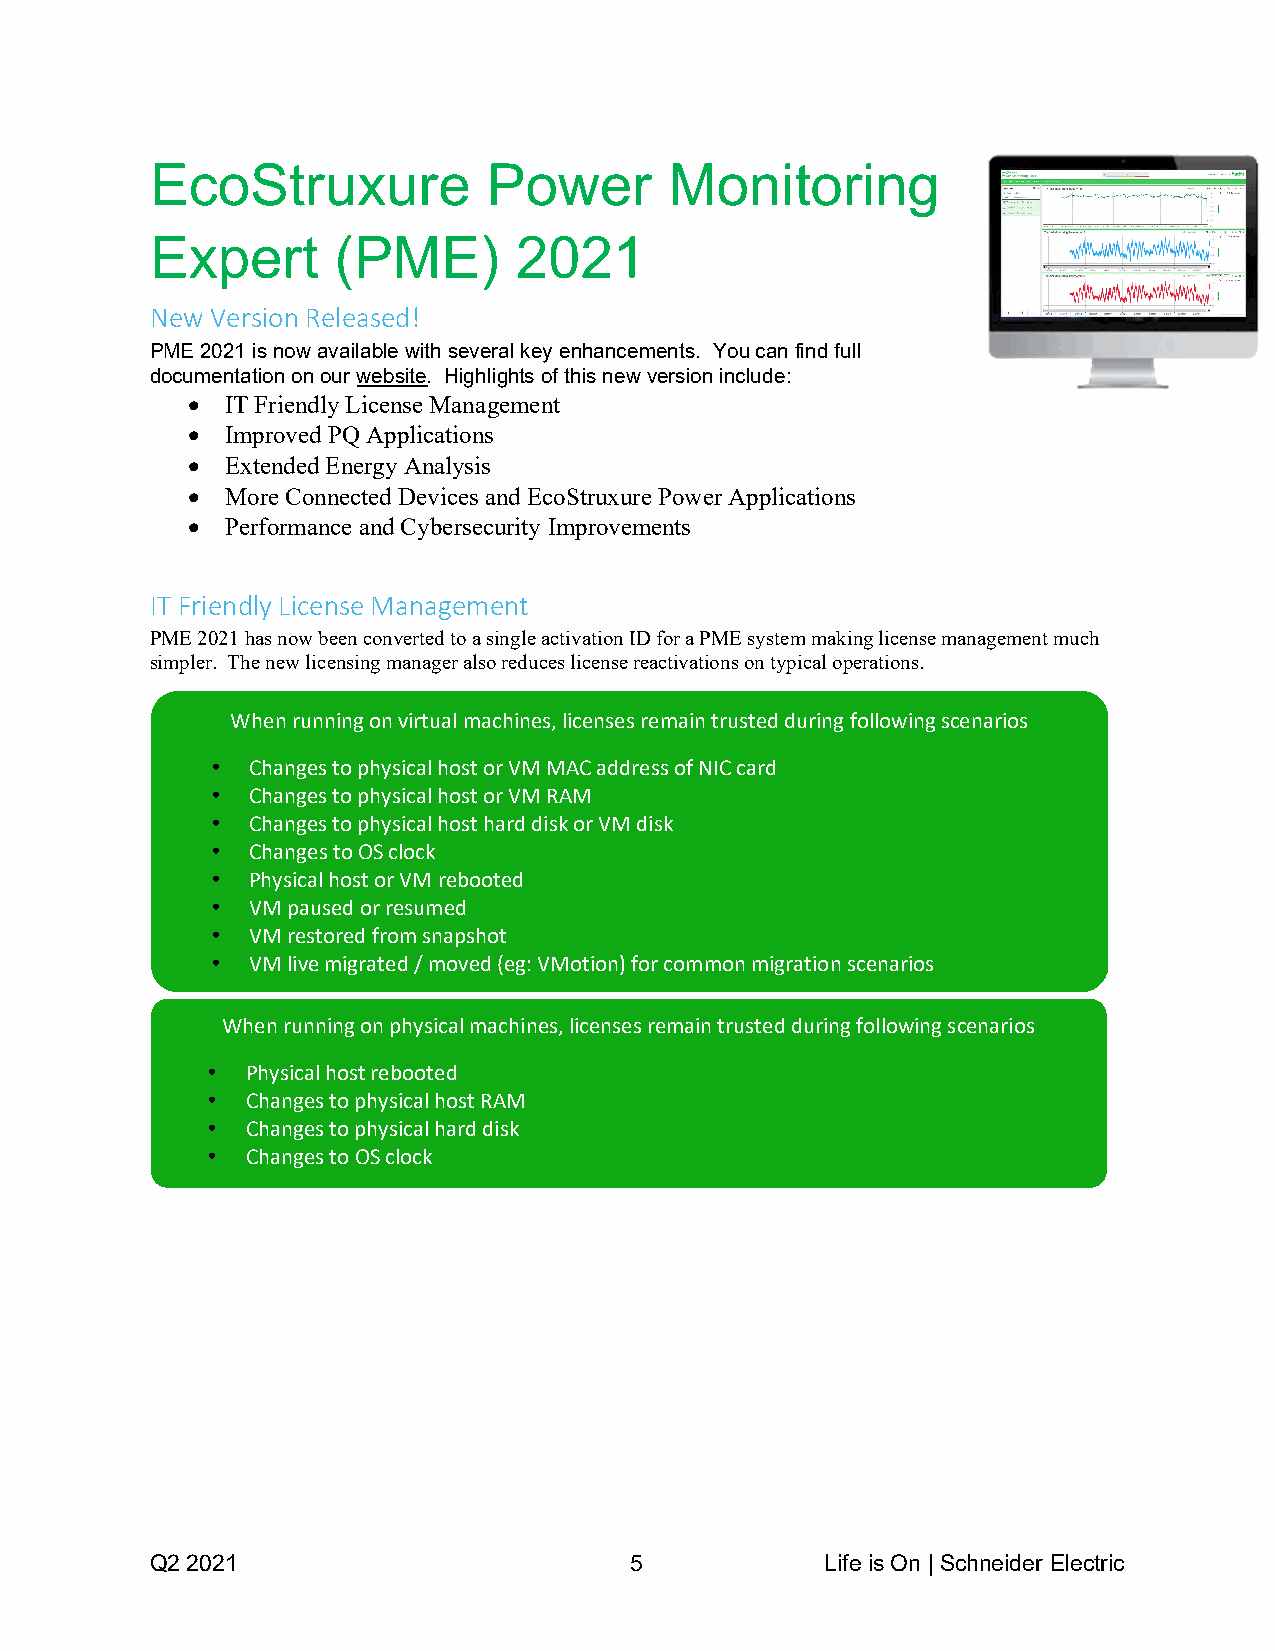
EcoStruxure           Power       Monitoring
 Expert      (PME)       2021
 New Version Released!
 PME 2021 is now available with several key enhancements. You can find full
 documentation on our website. Highlights of this new version include:
   IT Friendly License Management
   Improved PQ Applications
   Extended Energy Analysis
   More Connected Devices and EcoStruxure Power Applications
   Performance and Cybersecurity Improvements
 IT Friendly License Management
 PME 2021 has now been converted to a single activation ID for a PME system making license management much
 simpler. The new licensing manager also reduces license reactivations on typical operations.
 When running on virtual machines, licenses remain trusted during following scenarios
 •  Changes to physical host or VM MAC address of NIC card
 •  Changes to physical host or VM RAM
 •  Changes to physical host hard disk or VM disk
 •  Changes to OS clock
 •  Physical host or VM rebooted
 •  VM paused or resumed
 •  VM restored from snapshot
 •  VM live migrated / moved (eg: VMotion) for common migration scenarios
 When running on physical machines, licenses remain trusted during following scenarios
 • Physical host rebooted
 • Changes to physical host RAM
 • Changes to physical hard disk
 • Changes to OS clock
 Q2 2021                         5            Life is On | Schneider Electric